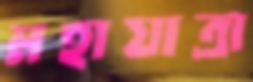
মহাযাত্রা